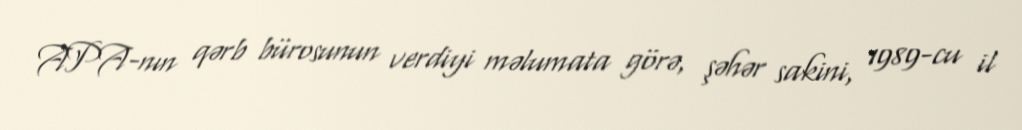
APA-nın qərb bürosunun verdiyi məlumata görə, şəhər sakini, 1989-cu il